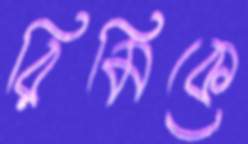
রিমিকে